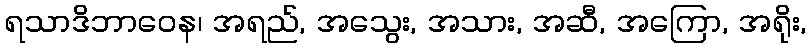
ရသာဒိဘာဝေန၊ အရည်, အသွေး, အသား, အဆီ, အကြော, အရိုး,